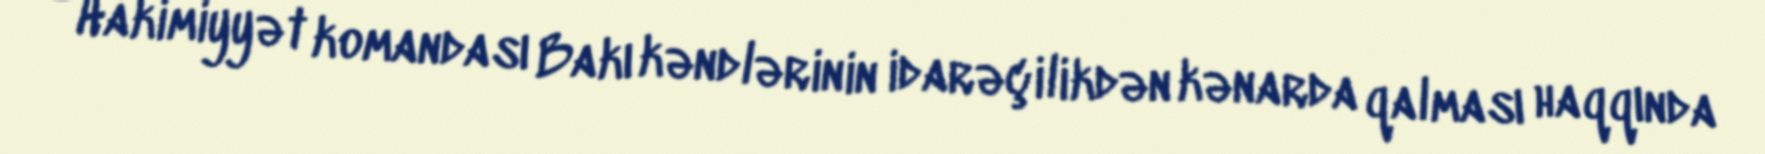
- Hakimiyyət komandası Bakı kəndlərinin idarəçilikdən kənarda qalması haqqında